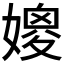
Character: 𱙩